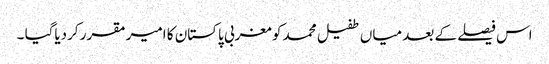
اس فیصلے کے بعد میاں طفیل محمد کو مغربی پاکستان کا امیر مقرر کردیاگیا ۔